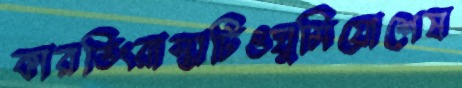
কারভিংরাস্তাটিওঘুমিয়োশেষ